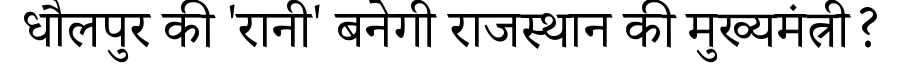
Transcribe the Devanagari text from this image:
धौलपुर की 'रानी' बनेगी राजस्थान की मुख्यमंत्री?